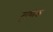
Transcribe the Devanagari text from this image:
दृष्यिक